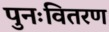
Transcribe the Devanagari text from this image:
पुनःवितरण